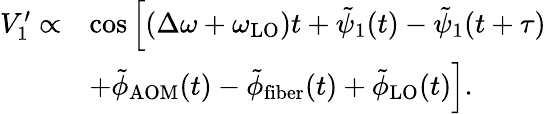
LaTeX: \begin{array}{rl}{V_{1}^{\prime}\propto}&{\cos\left[(\Delta\omega+\omega_{\mathrm{LO}})t+\tilde{\psi}_{1}(t)-\tilde{\psi}_{1}(t+\tau)\right.}\\ &{\left.+\tilde{\phi}_{\mathrm{AOM}}(t)-\tilde{\phi}_{\mathrm{fiber}}(t)+\tilde{\phi}_{\mathrm{LO}}(t)\right].}\end{array}